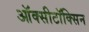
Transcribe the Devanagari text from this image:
ऑक्सीटॉक्सिन